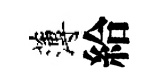
薄給